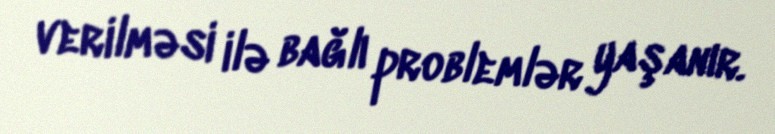
verilməsi ilə bağlı problemlər yaşanır.